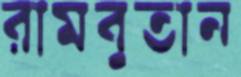
রামবুতান